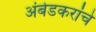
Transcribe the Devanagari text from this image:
अंबेडकरांचे